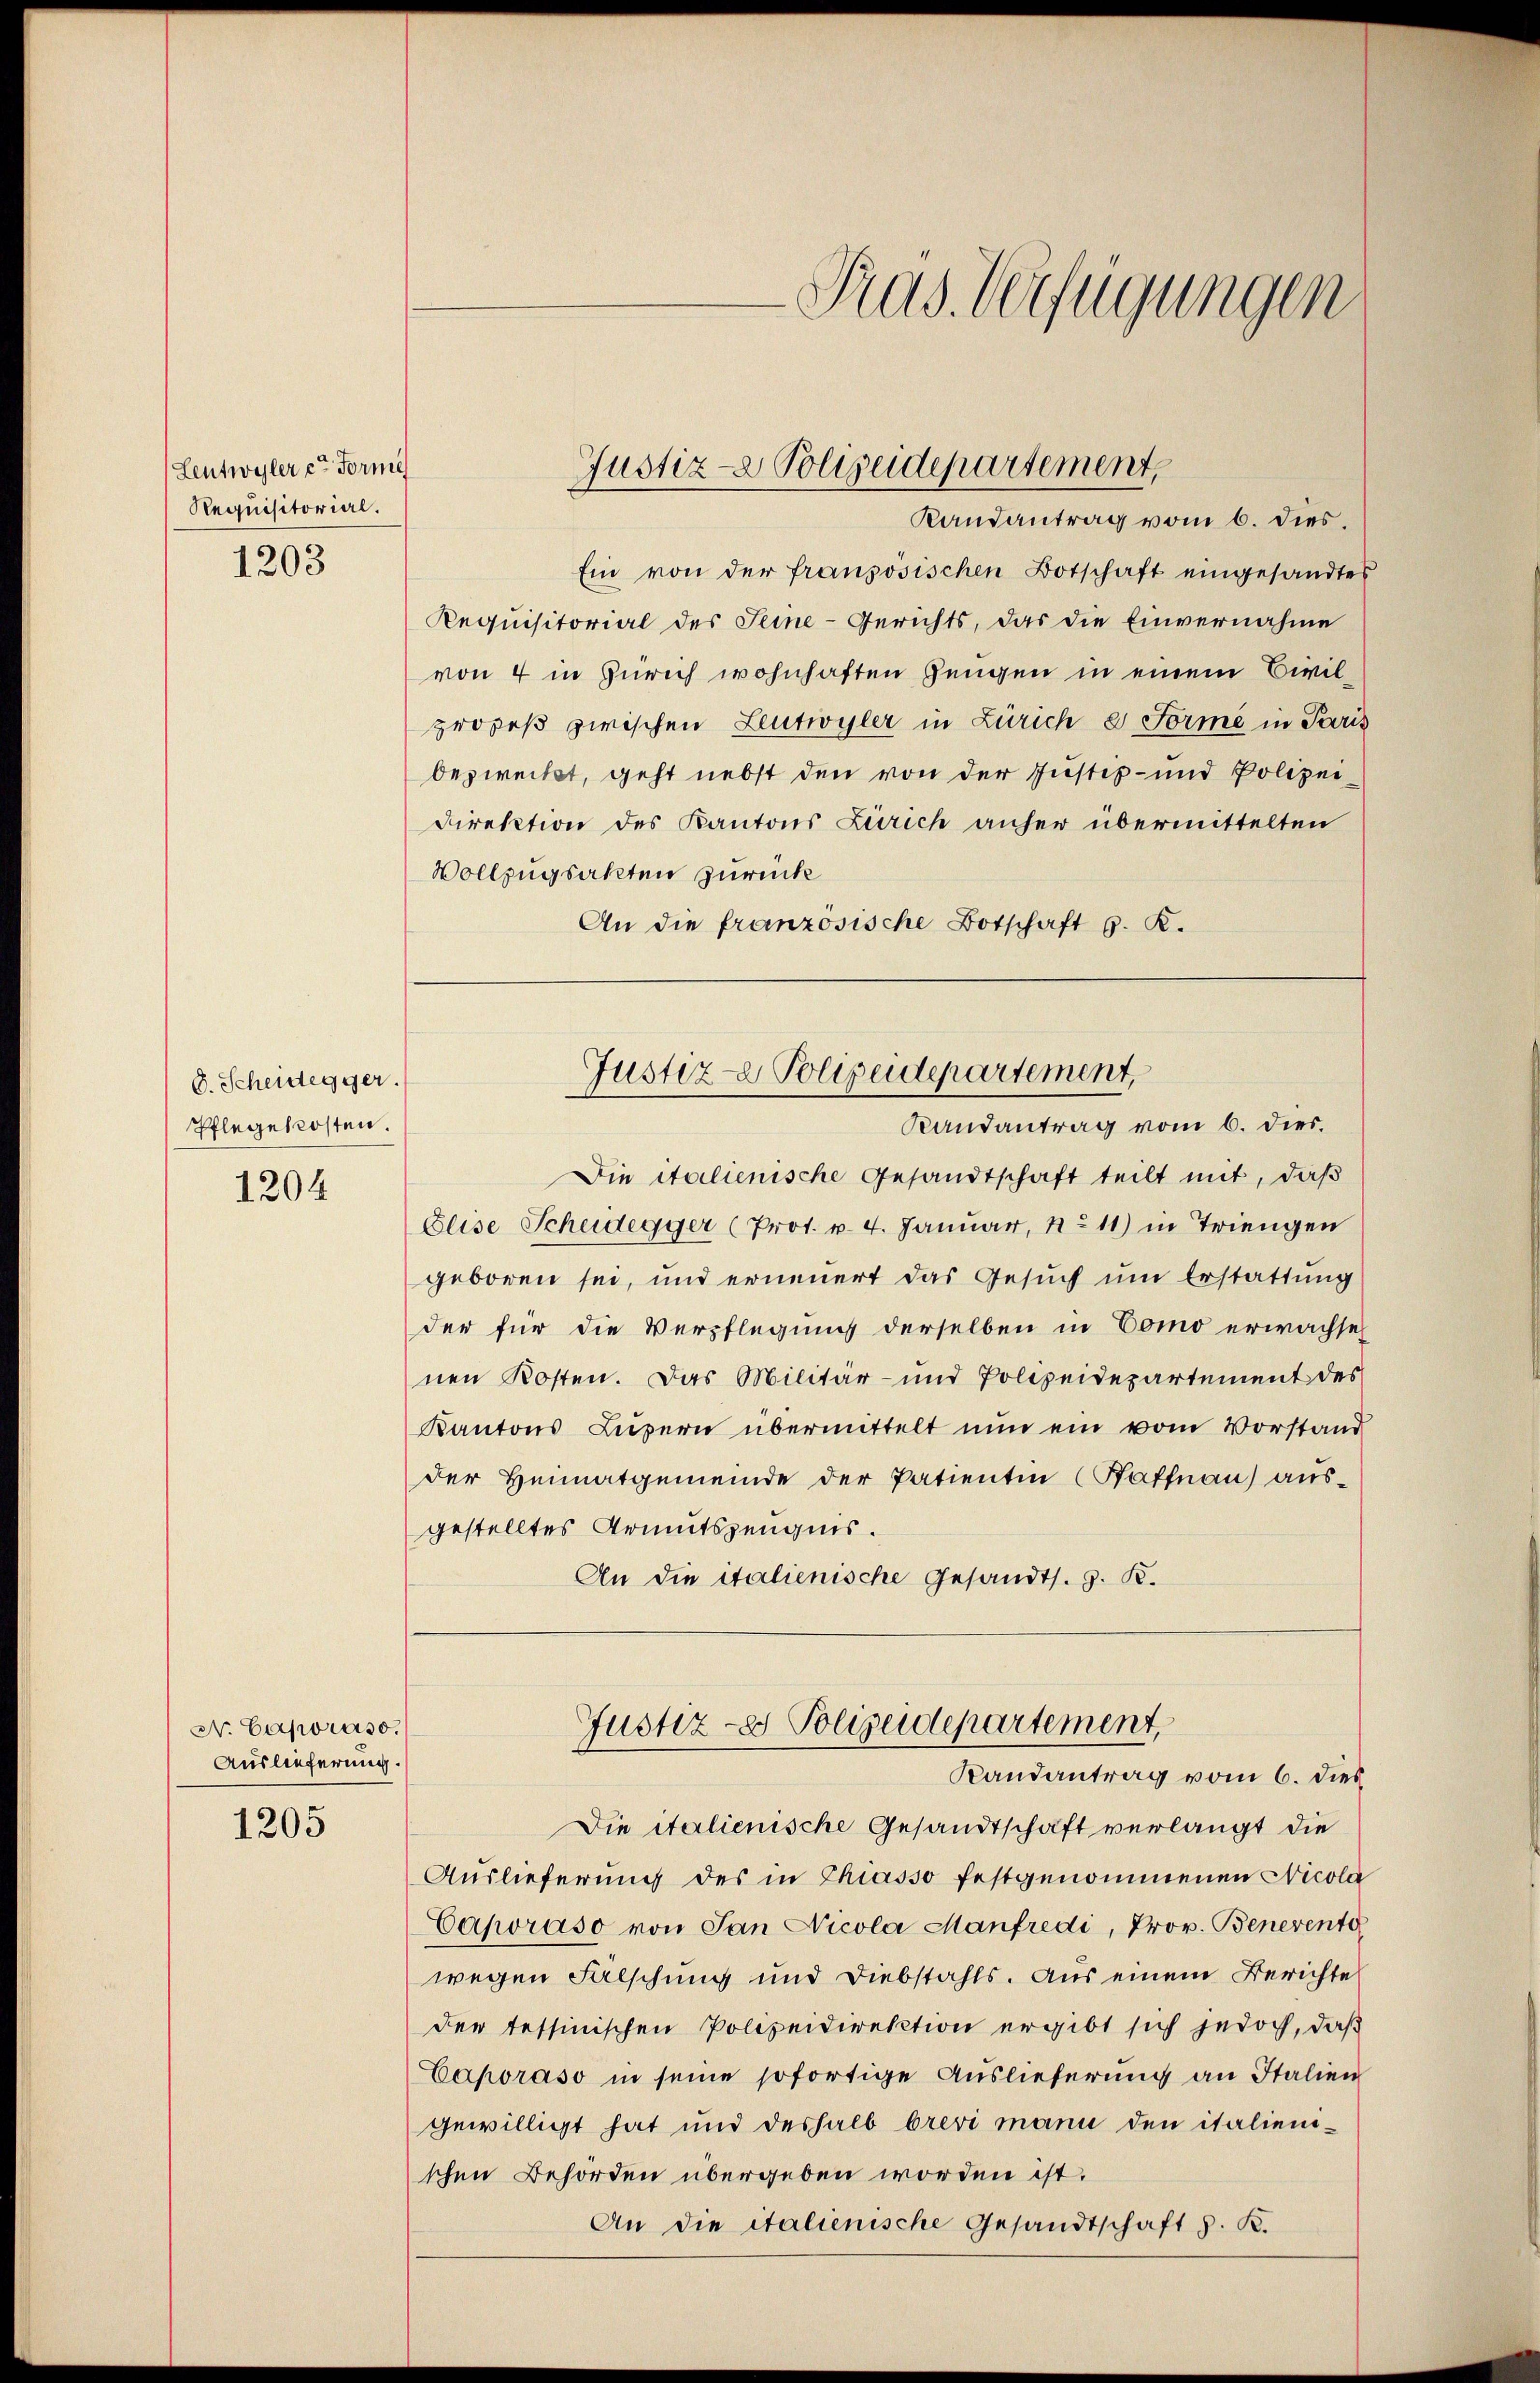
Leutwyler ein Forme
Requisitorial.

1203

D. Scheidegger.
Pflegekosten.

1204

N. Carporaso.
Auslieferung.

1205

Ein von der französischen Botschaft eingesandtes
Requisitorial des Seine-Gerichts, das die Einvernahme
von 4 in Zürich wohnhaften Zeugen in einem Civilprozeß zwischen Leutwyler in Zürich e Forme in Paris
bezweckt, geht nebst den von der Justiz- und Polizei-
Direktion des Kantons Zürich anher übermittelten
Vollzugsakten zurücke
An die französische Botschaft G. K.

Tras. Verfügungen

Justiz- & Polizeidepartement,
Randantrag vom 6. dies.

Justiz- & Polizeidepartement,
Randantrag vom 6. dies.

Die italienische Gesandtschaft teilt mit, daß
Elise Scheidegger (Prot. v. 4. Januar, No 11) in Triengen
geboren sei, und erneuert das Gesŭch ŭm Erstattung
der für die Verpflegung derselben in Como erwachse
nen Kosten. Das Militär- und Polizeidepartement des
Kantons Luzern übermittelt nun ein vom Vorstand
der Heimatgemeinde der Patientin (Kaffnau) aŭs-
gestelltes Armutszeugnis.
An die italienische Gesandts. z. K.

Justiz- & Polizeidepartement,
Randantrag vom 6. dies

Die italienische Gesandtschaft verlangt die
Auslieferung des in Chiasso festgenommenen Nicola
Caporaso von San Nicola Manfredi, Prov. Benevente
wegen Falschung und Diebstahls. Aus einem Berichte
der tessinischen Polizeidirektion ergibt sich jedoch, daß
Caporaso in seine sofortige Auslieferung an Italien
gewilligt hat und deshalb brevi mann den italien-
schen Behörden übergeben worden ist.
An die italienische Gesandtschaft d. K.